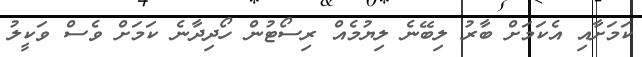
ކަމަށާއި އެކަމަށް ބާރު ލިބޭނެ ލިޔުމެއް ރިސޯޓުން ހޯދިދާނެ ކަމަށް ވެސް ވަކީލު